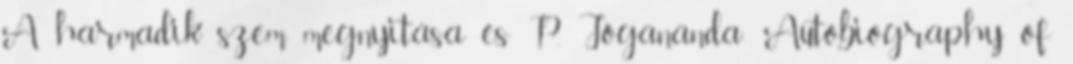
A harmadik szem megnyitása és P. Jógananda: Autobiography of